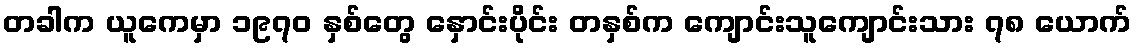
တခါက ယူကေမှာ ၁၉၇၀ နှစ်တွေ နှောင်းပိုင်း တနှစ်က ကျောင်းသူကျောင်းသား ၇၈ ယောက်